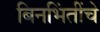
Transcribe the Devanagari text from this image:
बिनभिंतींचे